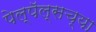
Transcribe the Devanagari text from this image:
पेल्पॅल्सच्या